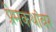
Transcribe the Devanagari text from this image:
प्रेमकथांवर